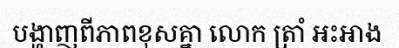
បង្ហាញពីភាពខុសគ្នា លោក ត្រាំ អះអាង